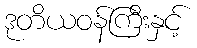
ဒုတိယဝန်ကြီးနှင့်